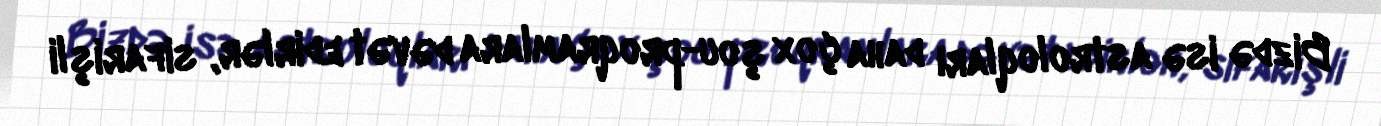
Bizdə isə astroloqları daha çox şou-proqramlara dəvət edirlər, sifarişli